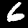
Label: 6